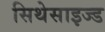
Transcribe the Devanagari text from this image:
सिथेसाइज्ड